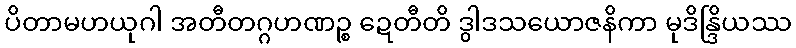
ပိတာမဟယုဂါ အတီတဂ္ဂဟဏဉ္စ ဍေတီတိ ဒွါဒသယောဇနိကာ မုဒိန္ဒြိယဿ